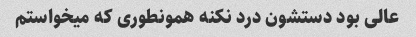
عالی بود دستشون درد نکنه همونطوری که میخواستم